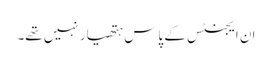
ان ایجنٹس کے پاس ہتھیار نہیں تھے۔